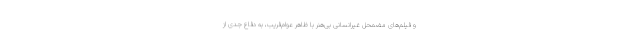
و فیلم‌های مضمحل غیرانسانی بی‌هنر با ظاهر عوام‌فریب، به دفاع جدی از